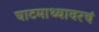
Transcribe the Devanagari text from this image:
घाटमाथ्यावरचं